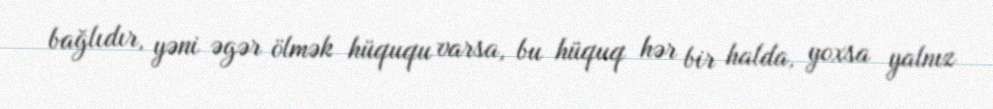
bağlıdır, yəni əgər ölmək hüququ varsa, bu hüquq hər bir halda, yoxsa yalnız